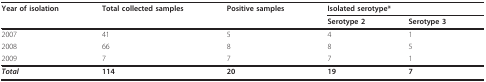
| Year of isolation | Total collected samples | Positive samples | <COLSPAN=2> Isolated serotype* |
 |  |  |  | Serotype 2 | Serotype 3 |
 | --- | --- | --- | --- | --- |
 | 2007 | 41 | 5 | 4 | 1 |
 | 2008 | 66 | 8 | 8 | 5 |
 | 2009 | 7 | 7 | 7 | 1 |
 | Total | 114 | 20 | 19 | 7 |